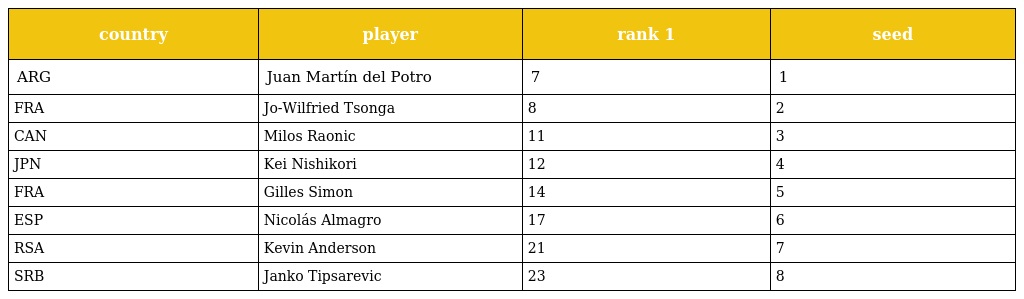
| country | player | rank 1 | seed |
 | --- | --- | --- | --- |
 | ARG | Juan Martín del Potro | 7 | 1 |
 | FRA | Jo-Wilfried Tsonga | 8 | 2 |
 | CAN | Milos Raonic | 11 | 3 |
 | JPN | Kei Nishikori | 12 | 4 |
 | FRA | Gilles Simon | 14 | 5 |
 | ESP | Nicolás Almagro | 17 | 6 |
 | RSA | Kevin Anderson | 21 | 7 |
 | SRB | Janko Tipsarevic | 23 | 8 |